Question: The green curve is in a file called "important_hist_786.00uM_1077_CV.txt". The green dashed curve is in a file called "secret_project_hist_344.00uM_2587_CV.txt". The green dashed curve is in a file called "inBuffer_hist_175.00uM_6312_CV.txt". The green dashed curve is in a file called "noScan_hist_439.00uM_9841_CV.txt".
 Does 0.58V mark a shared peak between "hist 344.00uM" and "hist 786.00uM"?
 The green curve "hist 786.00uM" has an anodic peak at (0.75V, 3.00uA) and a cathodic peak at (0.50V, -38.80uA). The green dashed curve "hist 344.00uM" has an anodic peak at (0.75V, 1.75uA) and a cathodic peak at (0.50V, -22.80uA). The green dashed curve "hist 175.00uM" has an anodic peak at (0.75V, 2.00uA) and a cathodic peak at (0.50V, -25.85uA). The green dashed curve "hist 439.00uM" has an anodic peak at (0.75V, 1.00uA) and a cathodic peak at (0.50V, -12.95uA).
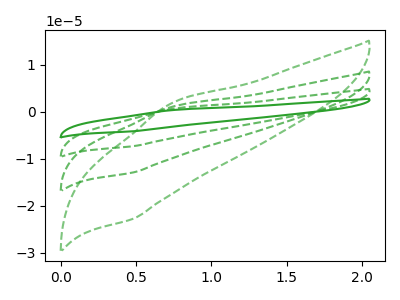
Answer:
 <answer>No, "hist 344.00uM" and "hist 786.00uM" dont share a peak at 0.58V.</answer>
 <eval>mismatch</eval>